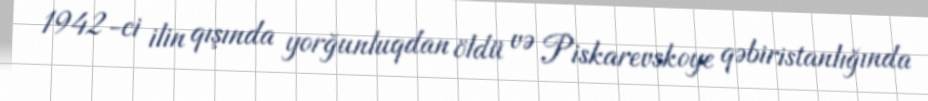
1942-ci ilin qışında yorğunluqdan öldü və Piskarevskoye qəbiristanlığında